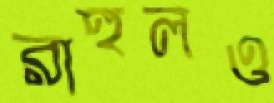
রাহুলও